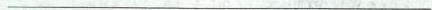
___